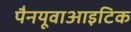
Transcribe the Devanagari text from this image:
पैनयूवाआइटिक